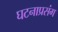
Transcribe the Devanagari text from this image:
घटनाप्रसंग